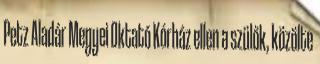
Petz Aladár Megyei Oktató Kórház ellen a szülők, közölte